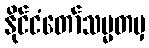
နိုင်ငံတော်သမ္မတမှ